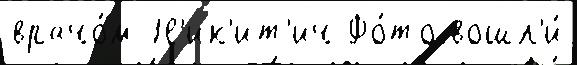
врачо́м Н'ик'ит'ич Фо́то вошл'и́